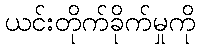
ယင်းတိုက်ခိုက်မှုကို